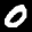
Label: 0